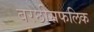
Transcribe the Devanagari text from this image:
बरछीसफलिक